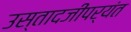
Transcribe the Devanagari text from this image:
उस्तादजींपर्यंत